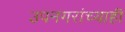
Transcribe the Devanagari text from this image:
उपनगरांच्याही